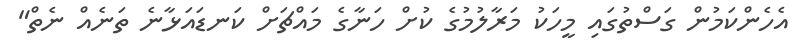
އެހެންކަމުން ގަސްތުގައި މީހަކު މަރާލުމުގެ ކުށް ހަނާގެ މައްޗަށް ކަނޑައަޅާނެ ތަނެއް ނެތް"